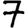
Digit: 7